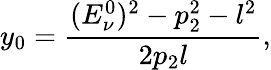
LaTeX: y_{0}=\frac{({E_{\nu}^{0}})^{2}-p_{2}^{2}-l^{2}}{2p_{2}l},